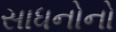
સાધનોનો